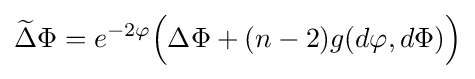
{\widetilde {\Delta }}\Phi =e^{-2\varphi }{\Big (}\Delta \Phi +(n-2)g(d\varphi ,d\Phi ){\Big )}